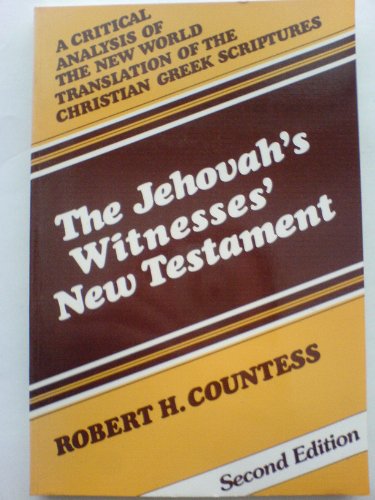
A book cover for Jehovah's Witnesses' New Testament: A Critical Analysis; Robert H. Countess; Christian Books & Bibles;